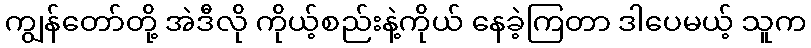
ကျွန်တော်တို့ အဲဒီလို ကိုယ့်စည်းနဲ့ကိုယ် နေခဲ့ကြတာ ဒါပေမယ့် သူက